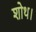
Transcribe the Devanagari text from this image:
शोथ।